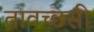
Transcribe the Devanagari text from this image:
तावच्छसी